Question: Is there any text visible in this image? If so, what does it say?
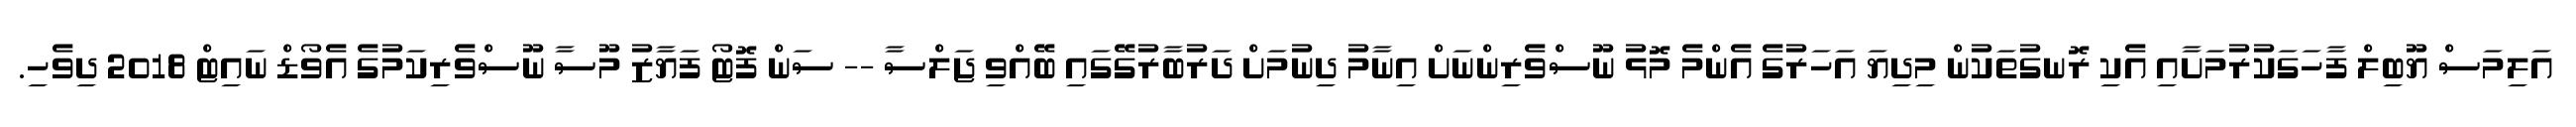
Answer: އަލިމަސް ޔޫބިލް ފާހަގަކުރުމަށާއި އެކި ރޮނގުތަކުން މިދިޔަ އަހަރުގެ އެންމެ މޮޅު ނޫސްވެރިންނަށް އިނާމު ދިނުމަށް ދަރުބާރުގޭގައި ބޭއްވި ޖަލްސާ -- ސަން ފޮޓޯ ފަޔާޒު މޫސާ ނޫސްވެރިކަމުގެ އެވޯޑް ނައިޓް 2018 ދިވެހި.